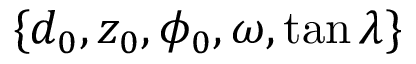
\{ d _ { 0 } , z _ { 0 } , \phi _ { 0 } , \omega , \tan \lambda \}